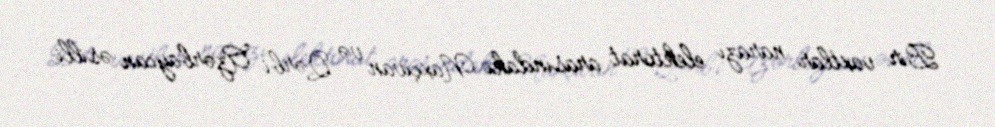
Bir vaxtlar narazı elektorat arasındakı Naxçıvan və Qərbi Azərbaycan əsilli